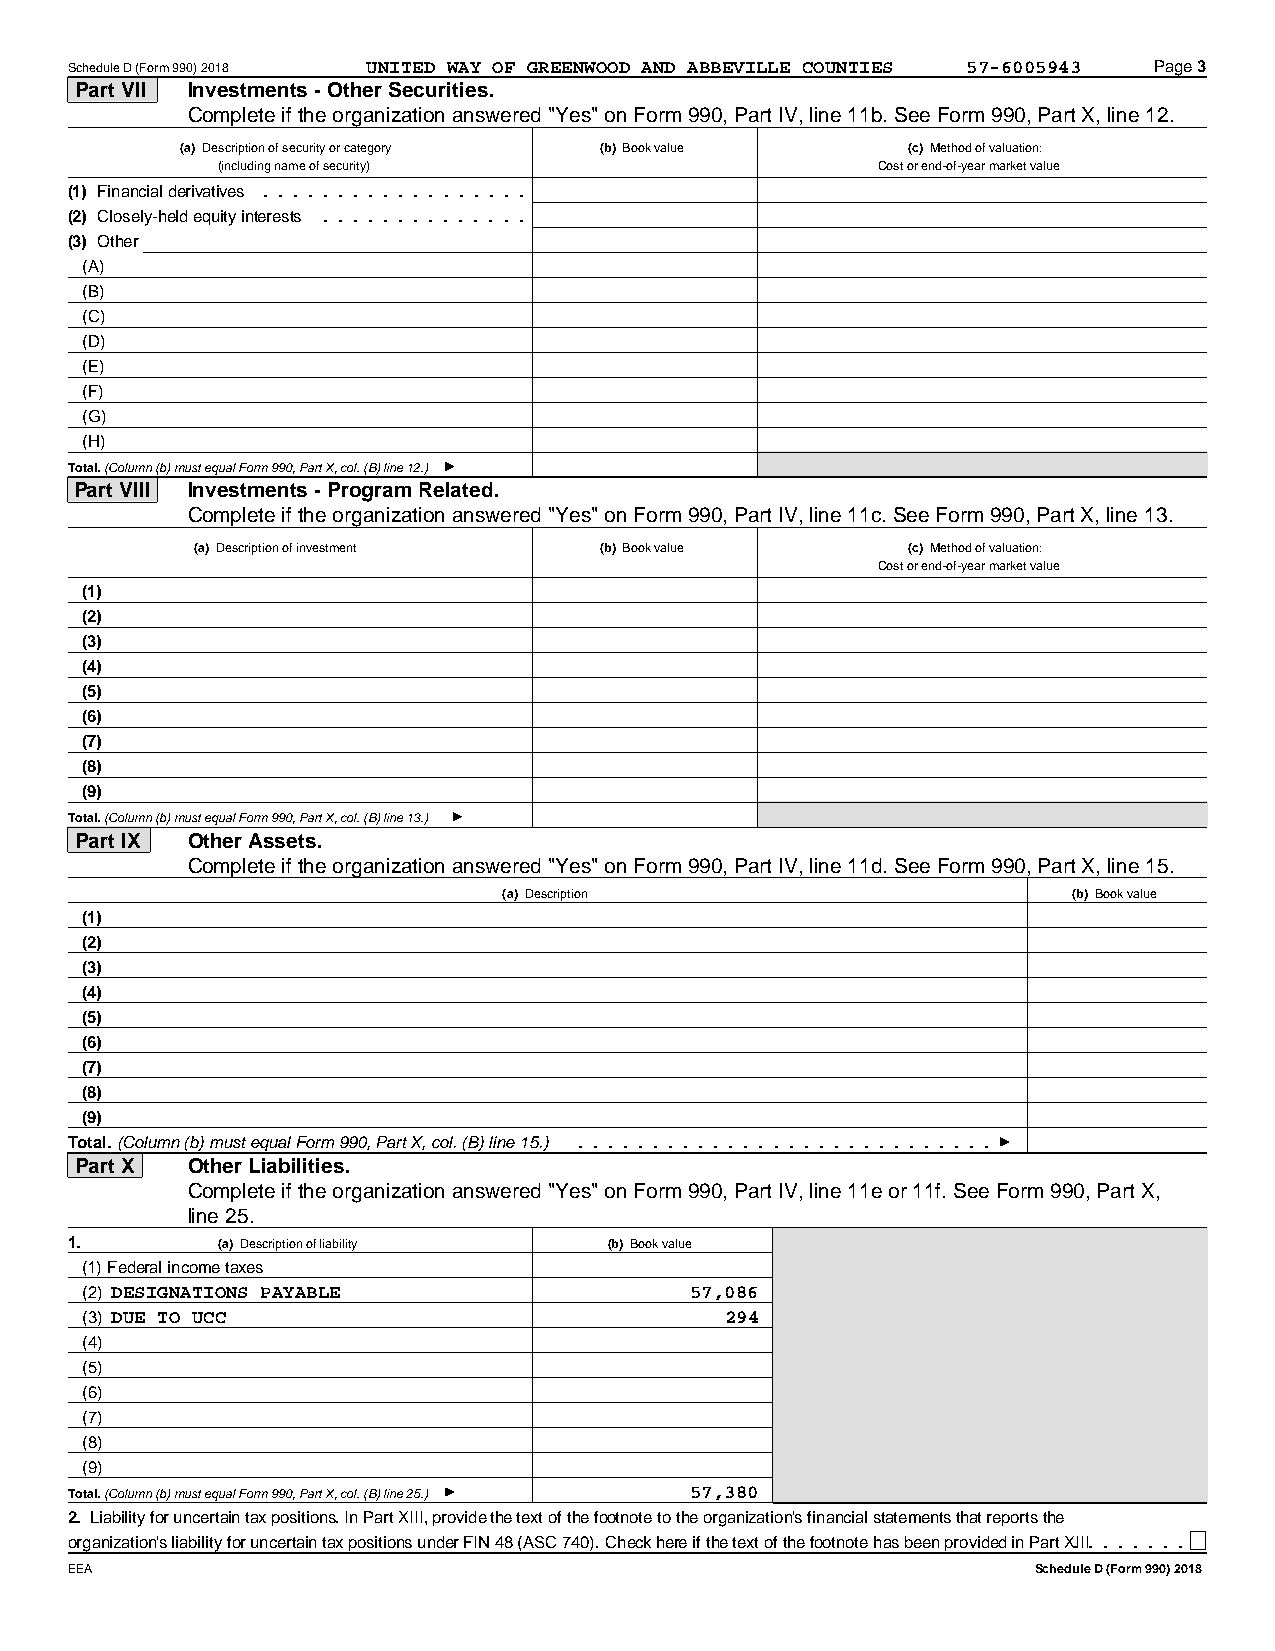
Schedule D (Form 990) 2018 UNITED WAY OF GREENWOOD AND ABBEVILLE COUNTIES 57-6005943 Page 3
 Part VII Investments - Other Securities.
 Complete if the organization answered "Yes" on Form 990, Part IV, line 11b. See Form 990, Part X, line 12.
 (a) Description of security or category (b) Book value (c) Method of valuation:
 (including name of security)                Cost or end-of-year market value
 (1) Financial derivatives ..................
 (2) Closely-held equity interests ..............
 (3) Other
 (A)
 (B)
 (C)
 (D)
 (E)
 (F)
 (G)
 (H)
 Total. (Column (b) must equal Form 990, Part X, col. (B) line 12.)
 Part VIII Investments - Program Related.
 Complete if the organization answered "Yes" on Form 990, Part IV, line 11c. See Form 990, Part X, line 13.
 (a) Description of investment (b) Book value   (c) Method of valuation:
 Cost or end-of-year market value
 (1)
 (2)
 (3)
 (4)
 (5)
 (6)
 (7)
 (8)
 (9)
 Total. (Column (b) must equal Form 990, Part X, col. (B) line 13.)
 Part IX Other Assets.
 Complete if the organization answered "Yes" on Form 990, Part IV, line 11d. See Form 990, Part X, line 15.
 (a) Description                       (b) Book value
 (1)
 (2)
 (3)
 (4)
 (5)
 (6)
 (7)
 (8)
 (9)
 Total. (Column (b) must equal Form 990, Part X, col. (B) line 15.) ............................
 Part X Other Liabilities.
 Complete if the organization answered "Yes" on Form 990, Part IV, line 11e or 11f. See Form 990, Part X,
 line 25.
 1.        (a) Description of liability (b) Book value
 (1) Federal income taxes
 (2) DESIGNATIONS PAYABLE                 57,086
 (3) DUE TO UCC                             294
 (4)
 (5)
 (6)
 (7)
 (8)
 (9)
 Total. (Column (b) must equal Form 990, Part X, col. (B) line 25.) 57,380
 2. Liability for uncertain tax positions. In Part XIII, provide the text of the footnote to the organization's financial statements that reports the
 organization's liability for uncertain tax positions under FIN 48 (ASC 740). Check here if the text of the footnote has been provided in Par.t X.II.I .....
 EEA                                                              Schedule D (Form 990) 2018